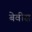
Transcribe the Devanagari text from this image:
बेवीस